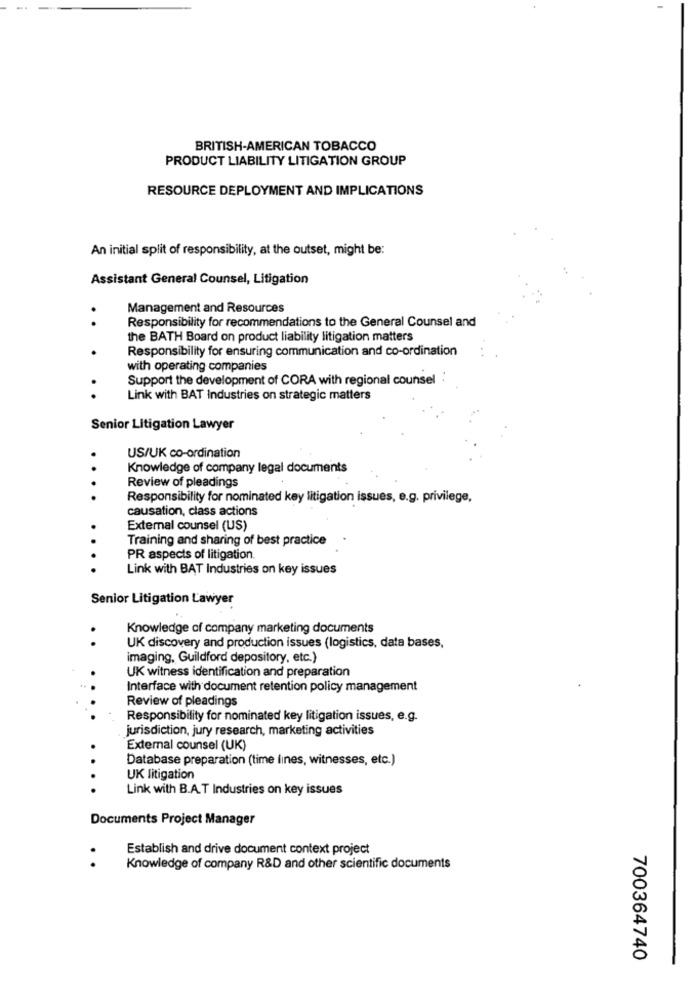
BRITISH-AMERICAN TOBACCO
PRODUCT LIABILITY LITIGATION GROUP
RESOURCE DEPLOYMENT AND IMPLICATIONS
An initial split of responsibility, at the outset, might be:
Assistant General Counsel, Litigation
Management and Resources
.
Responsibility for recommendations to the General Counsel and
the BATH Board on product liability litigation matters
Responsibility for ensuring communication and co-ordination
with operating companies
Support the development of CORA with regional counsel
..
Link with BAT Industries on strategic matters
Senior Litigation Lawyer
US/UK co-ordination
Knowledge of company legal documents
Review of pleadings
Responsibility for nominated key litigation issues, e.g. privilege,
causation, class actions
External counsel (US)
Training and sharing of best practice
PR aspects of litigation.
Link with BAT Industries on key issues
Senior Litigation Lawyer
.
Knowledge of company marketing documents
UK discovery and production issues (logistics, data bases,
imaging, Guildford depository, etc.)
UK witness identification and preparation
Interface with document retention policy management
Review of pleadings
Responsibility for nominated key litigation issues, e.g.
jurisdiction, jury research, marketing activities
External counsel (UK)
Database preparation (time lines, witnesses, etc.)
UK litigation
Link with B.A.T Industries on key issues
Documents Project Manager
Establish and drive document context project
..
Knowledge of company R&D and other scientific documents
700364740